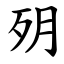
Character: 㱚